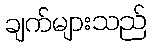
ချက်များသည်